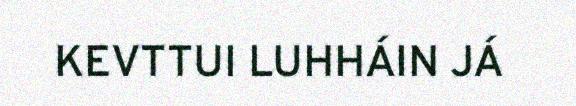
KEVTTUI LUHHÁIN JÁ